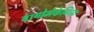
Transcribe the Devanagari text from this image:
बायोमेकेनिस्ट